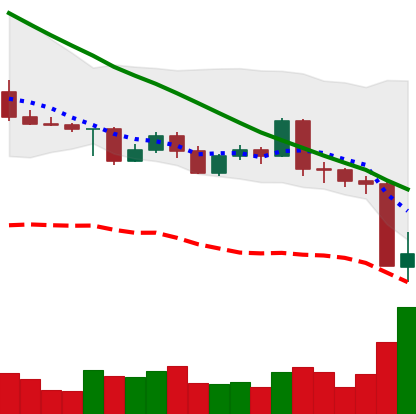
Ticker: LTC-USD
Chart end date: 2022-05-10
Forward return: -10.84%
Label: down_7plus